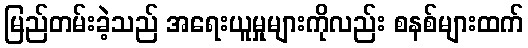
မြည်တမ်းခဲ့သည် အရေးယူမှုများကိုလည်း စနစ်များထက်